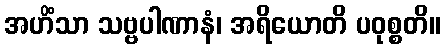
အဟိံသာ သဗ္ဗပါဏာနံ၊ အရိယောတိ ပဝုစ္စတိ။